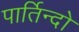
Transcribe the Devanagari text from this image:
पार्तिन्दो